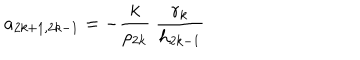
LaTeX: a _ { 2 k + 1 , 2 k - 1 } = - \frac { k } { \rho _ { 2 k } } \ \frac { r _ { k } } { h _ { 2 k - 1 } }